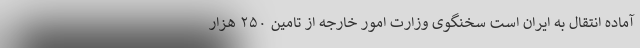
آماده انتقال به ایران است سخنگوی وزارت امور خارجه از تامین ۲۵۰ هزار